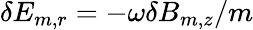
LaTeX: \delta E_{m,r}=-\omega\delta B_{m,z}/m